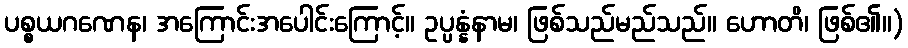
ပစ္စယဂဏေန၊ အကြောင်းအပေါင်းကြောင့်။ ဥပ္ပန္နံနာမ၊ ဖြစ်သည်မည်သည်။ ဟောတိ၊ ဖြစ်၏။)